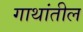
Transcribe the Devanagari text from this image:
गाथांतील